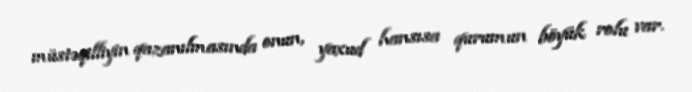
müstəqilliyin qazanılmasında onun, yaxud hansısa qurumun böyük rolu var.